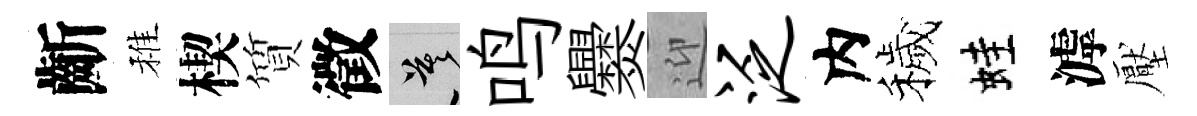
齗稚楔質徵莫鸣爨迎泛内穢蛙滹壓